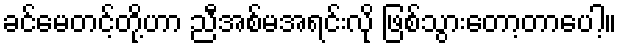
ခင်မေတင့်တို့ဟာ ညီအစ်မအရင်းလို ဖြစ်သွားတော့တာပေါ့။